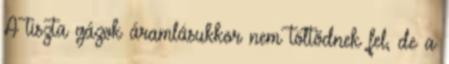
A tiszta gázok áramlásukkor nem töltõdnek fel, de a